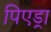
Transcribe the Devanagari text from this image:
पिएड्रा